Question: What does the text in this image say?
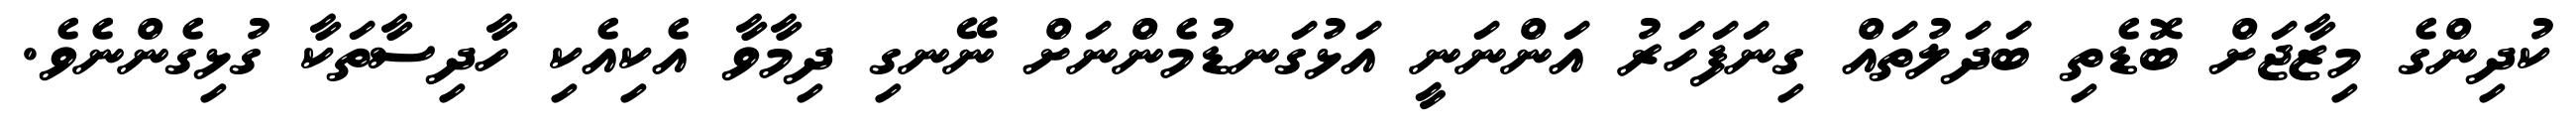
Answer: ކުދިންގެ މިޒާޖަށް ބޮޑެތި ބަދަލުތައް ގިނަފަހަރު އަންނަނީ އަޅުގަނޑުމެންނަށް ނޭނގި ދިމާވާ އެކިއެކި ހާދިސާތަކާ ގުޅިގެންނެވެ.